Leaving Certificate Examination, 1913
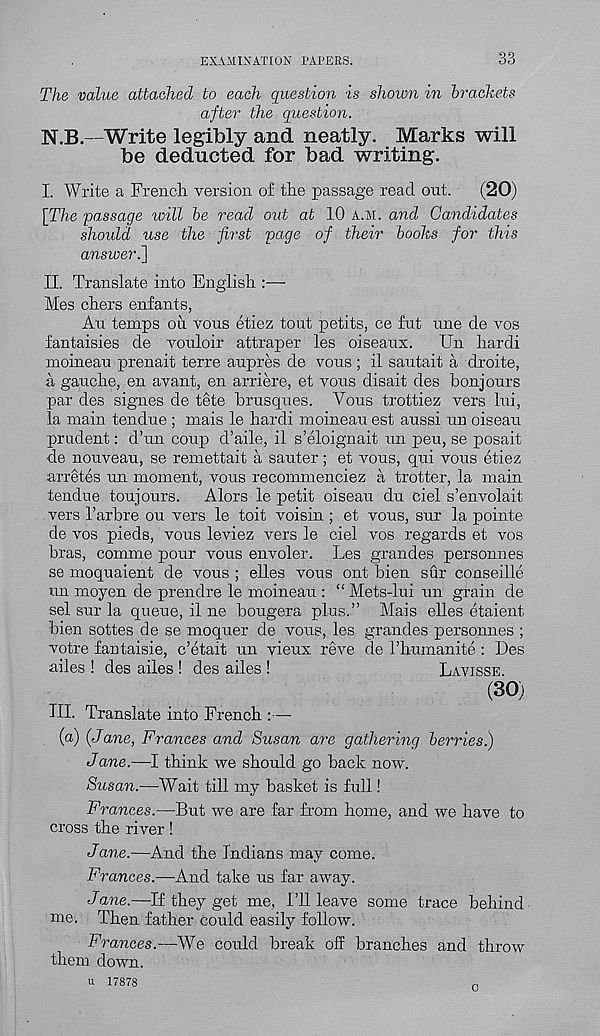
EXAMINATION PAPERS.
33
The value attached to each question is shown in brackets
after the question.
N.B.—Write legibly and neatly. Marks will
be deducted for bad writing.
I. Write a French version of the passage read out.
(20)
[The passage will be read out at 10 a.m. and Candidates
should use the first page of their boohs for this
answer.']
II. Translate into English :—
Mes chers enfants,
An temps ou vous etiez tout petits, ce fut une de vos
fantaisies de vouloir attraper les oiseaux.
Un hardi
moineau prenait terre aupres de vous ; il sautait a droite,
a gauche, en avant, en arriere, et vous disait des bonjours
par des signes de tete brusques. Vous trottiez vers lui,
la main tendue ; mais le hardi moineau est aussi un oiseau
prudent: d’un coup d’aile, il s’eloignait un peu, se posait
de nouveau, se remettait a sauter; et vous, qui vous etiez
arretes un moment, vous recommenciez a trotter, la main
tendue toujours.
Alors le petit oiseau du ciel s’envolait
vers Tarbre ou vers le toit voisin ; et vous, sur la pointe
de vos pieds, vous leviez vers le ciel vos regards et vos
bras, comme pour vous envoler. Les grandes personnes
se moquaient de vous ; elles vous ont bien sur conseille
un moyen de prendre le moineau : “ Mets-lui un grain de
sel sur la queue, il ne bougera plus.” Mais elles etaient
bien sottes de se moquer de vous, les grandes personnes ;
votre fantaisie, c’etait un vieux reve de rhumanite : Des
ailes ! des ailes ! des ailes !
Lavisse
(30i
III. Translate into French :—-
(a) (Jane, Frances and Susan are gathering berries)
Jane.—I think we should go back now.
Susan.—Wait till my basket is full!
Frances.—But we are far from home, and we have to
cross the river!
J ane.—And the Indians may come.
Frances.—And take us far away.
Jane.—If they get me, I’ll leave some trace behind
me. Then father could easily follow.
Frances.—We could break off branches and throw
them down.
u 17878
r ,